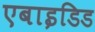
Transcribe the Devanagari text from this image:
एबाइडिड